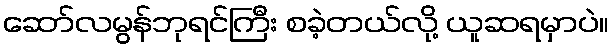
ဆော်လမွန်ဘုရင်ကြီး စခဲ့တယ်လို့ ယူဆရမှာပဲ။